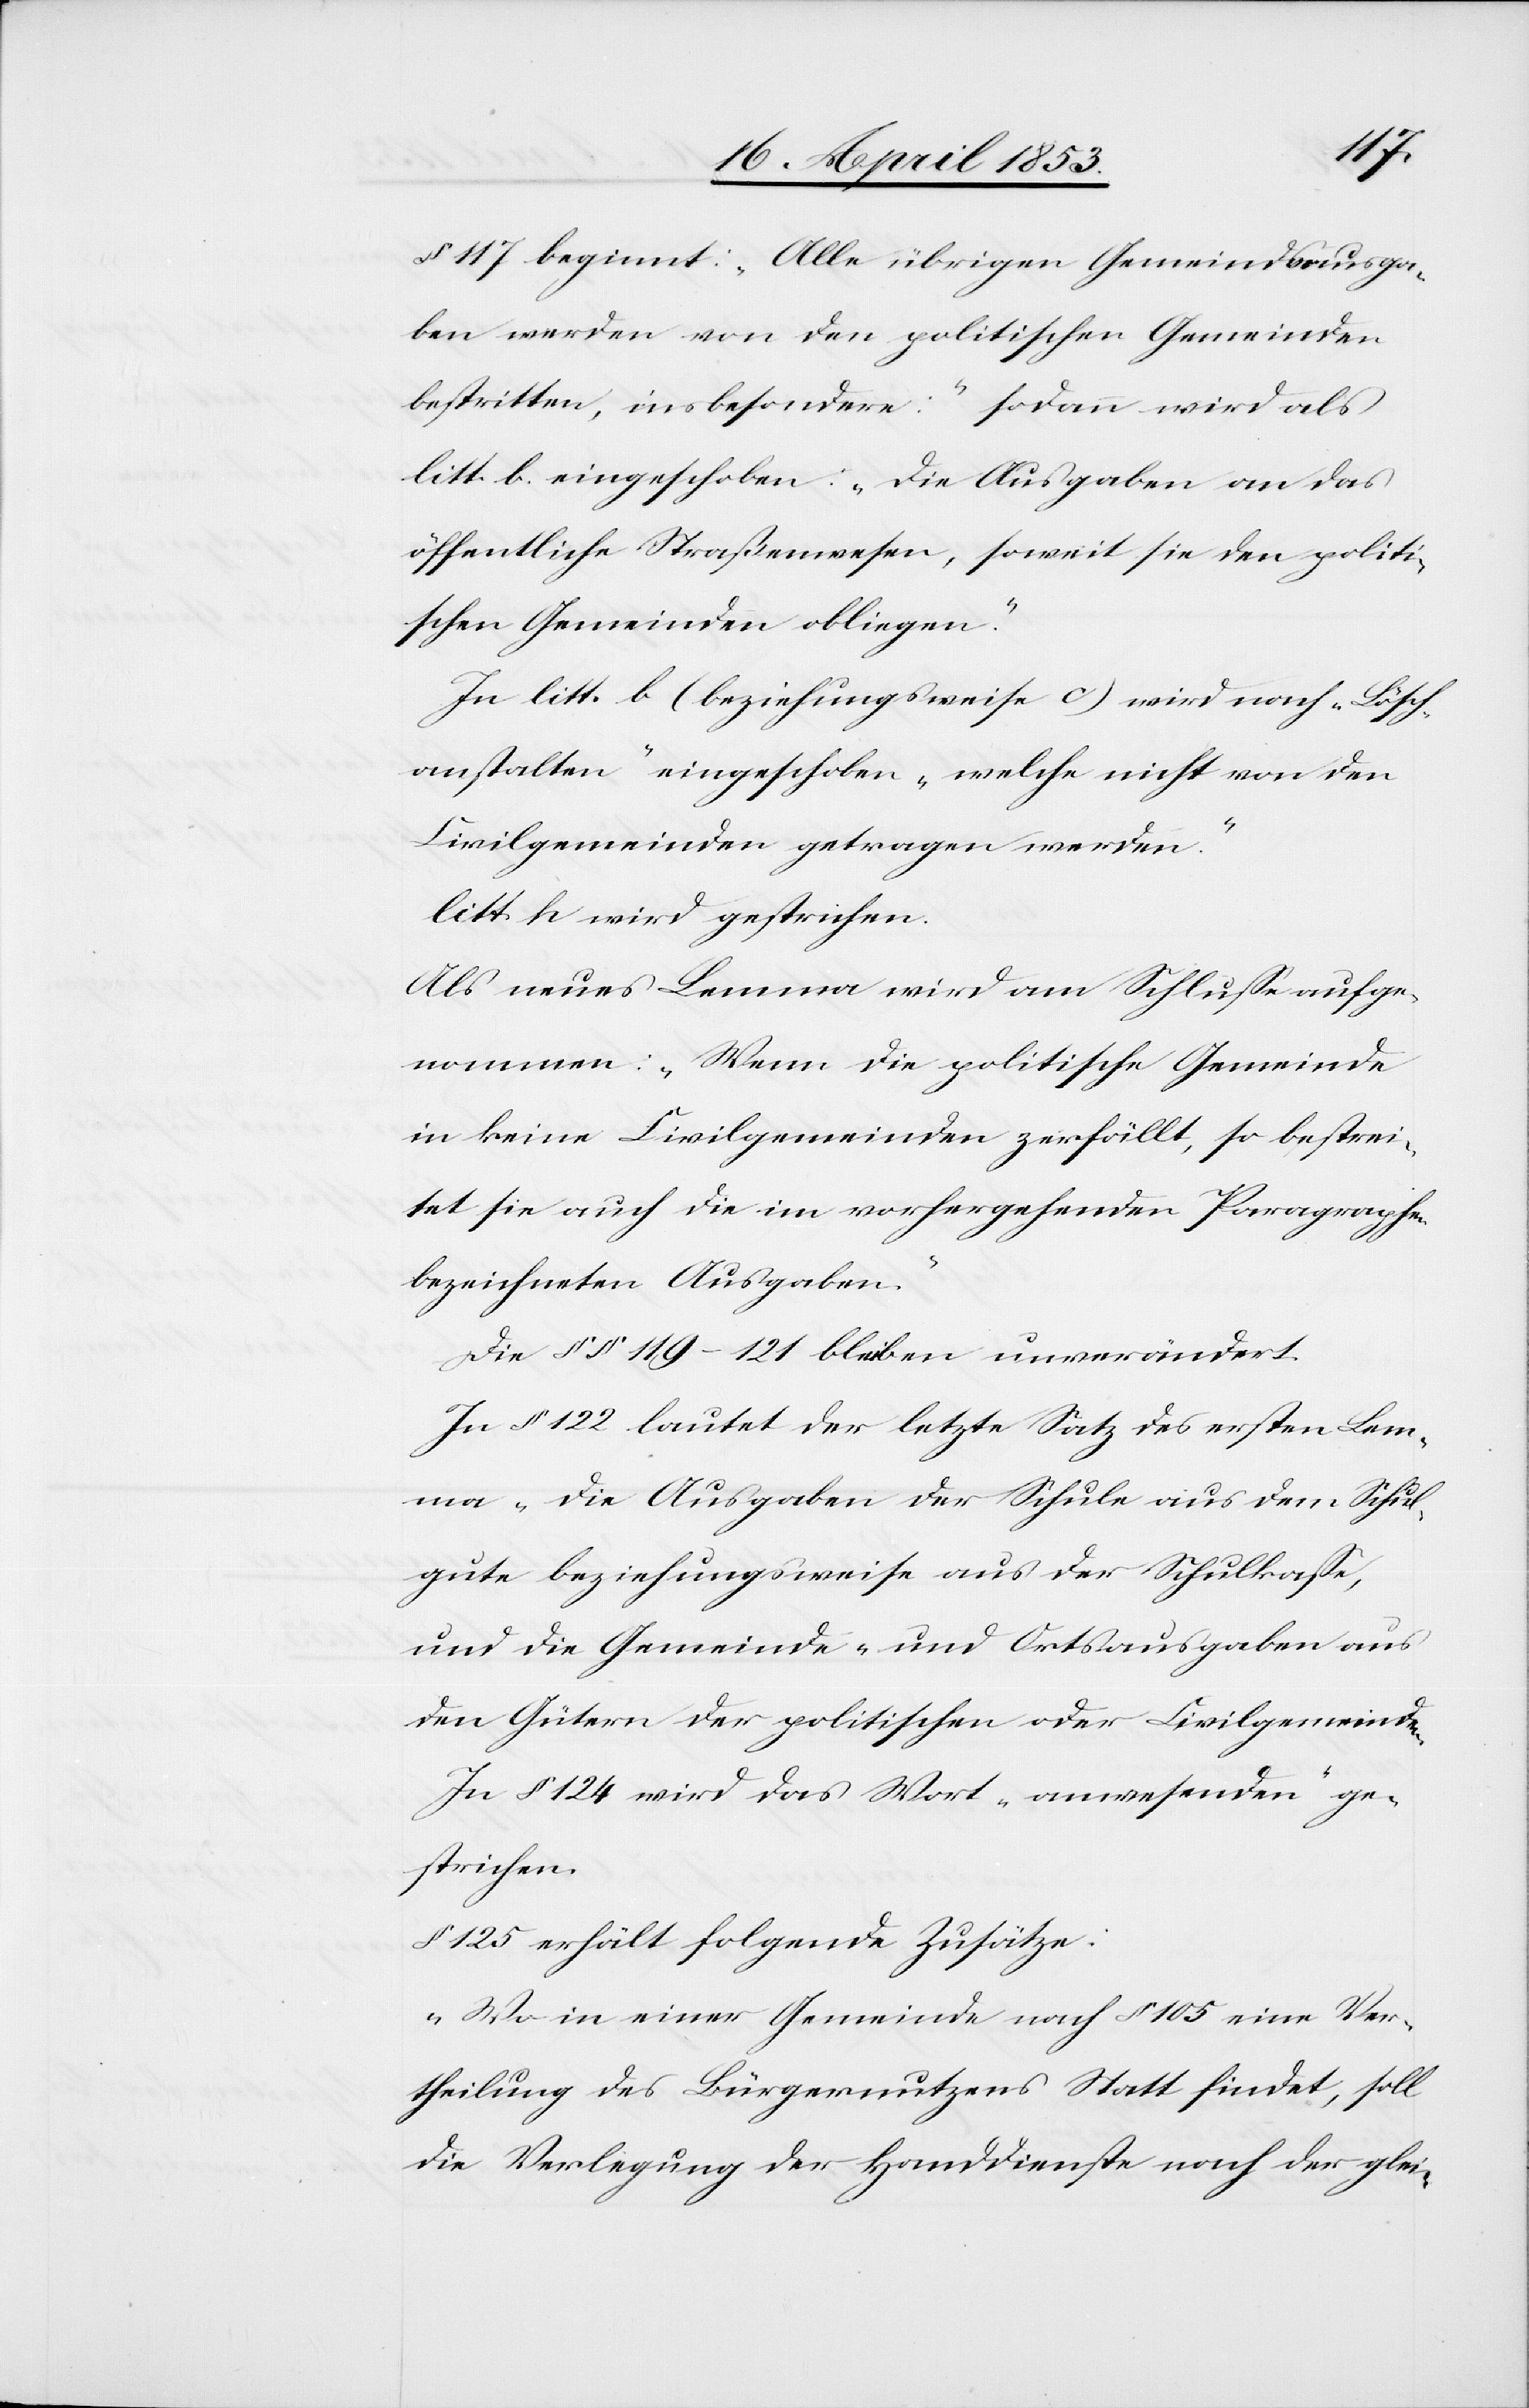
§ 117 beginnt: „Alle übrigen Geemindsausga¬
ben werden von den politischen Gemeinden
bestritten, insbesondere:“ sodann wird als
litt. b. eingeschoben: „Die Ausgaben an das
öffentliche Straßenwesen, soweit sie den politi¬
schen Gemeinden obliegen.“
In litt. b (beziehungsweise c) wird nach „Lösch¬
anstalten“ eingeschoben „welche nicht von den
n.
Civilgemeinden getragen werden.“
litt. h wird gestrichen.
Als neues Lemma wird am Schluße aufge¬
nommen: „Wenn die politische Gemeinde
in keine Civilgemeinde zerfällt, so bestrei¬
tet sie auch die im vorhergehenden Paragraphen
bezeichneten Ausgaben.“
Die §§ 119–121 bleiben unverändert.
In § 122 lautet der letzte Satz des ersten Lem¬
ma „die Ausgaben der Schule aus dem Schul¬
gute beziehungsweise aus der Schulkaße,
und die Gemeinde- und Ortsausgaben aus
den Gütern der politischen oder Civilgemeinde¬
In § 124 wird das Wort „anwesenden“ ge¬
strichen.
§ 125 erhält folgende Zusätze:
„Wo in einer Gemeinde nach § 105 eine Ver¬
theilung des Bürgernutzens Statt findet, soll
die Verlegung der Handdienste nach der glei-